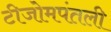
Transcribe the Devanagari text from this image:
टीजोमपंतली